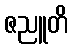
ဇညူတိ